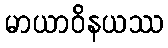
မာယာဝိနယဿ